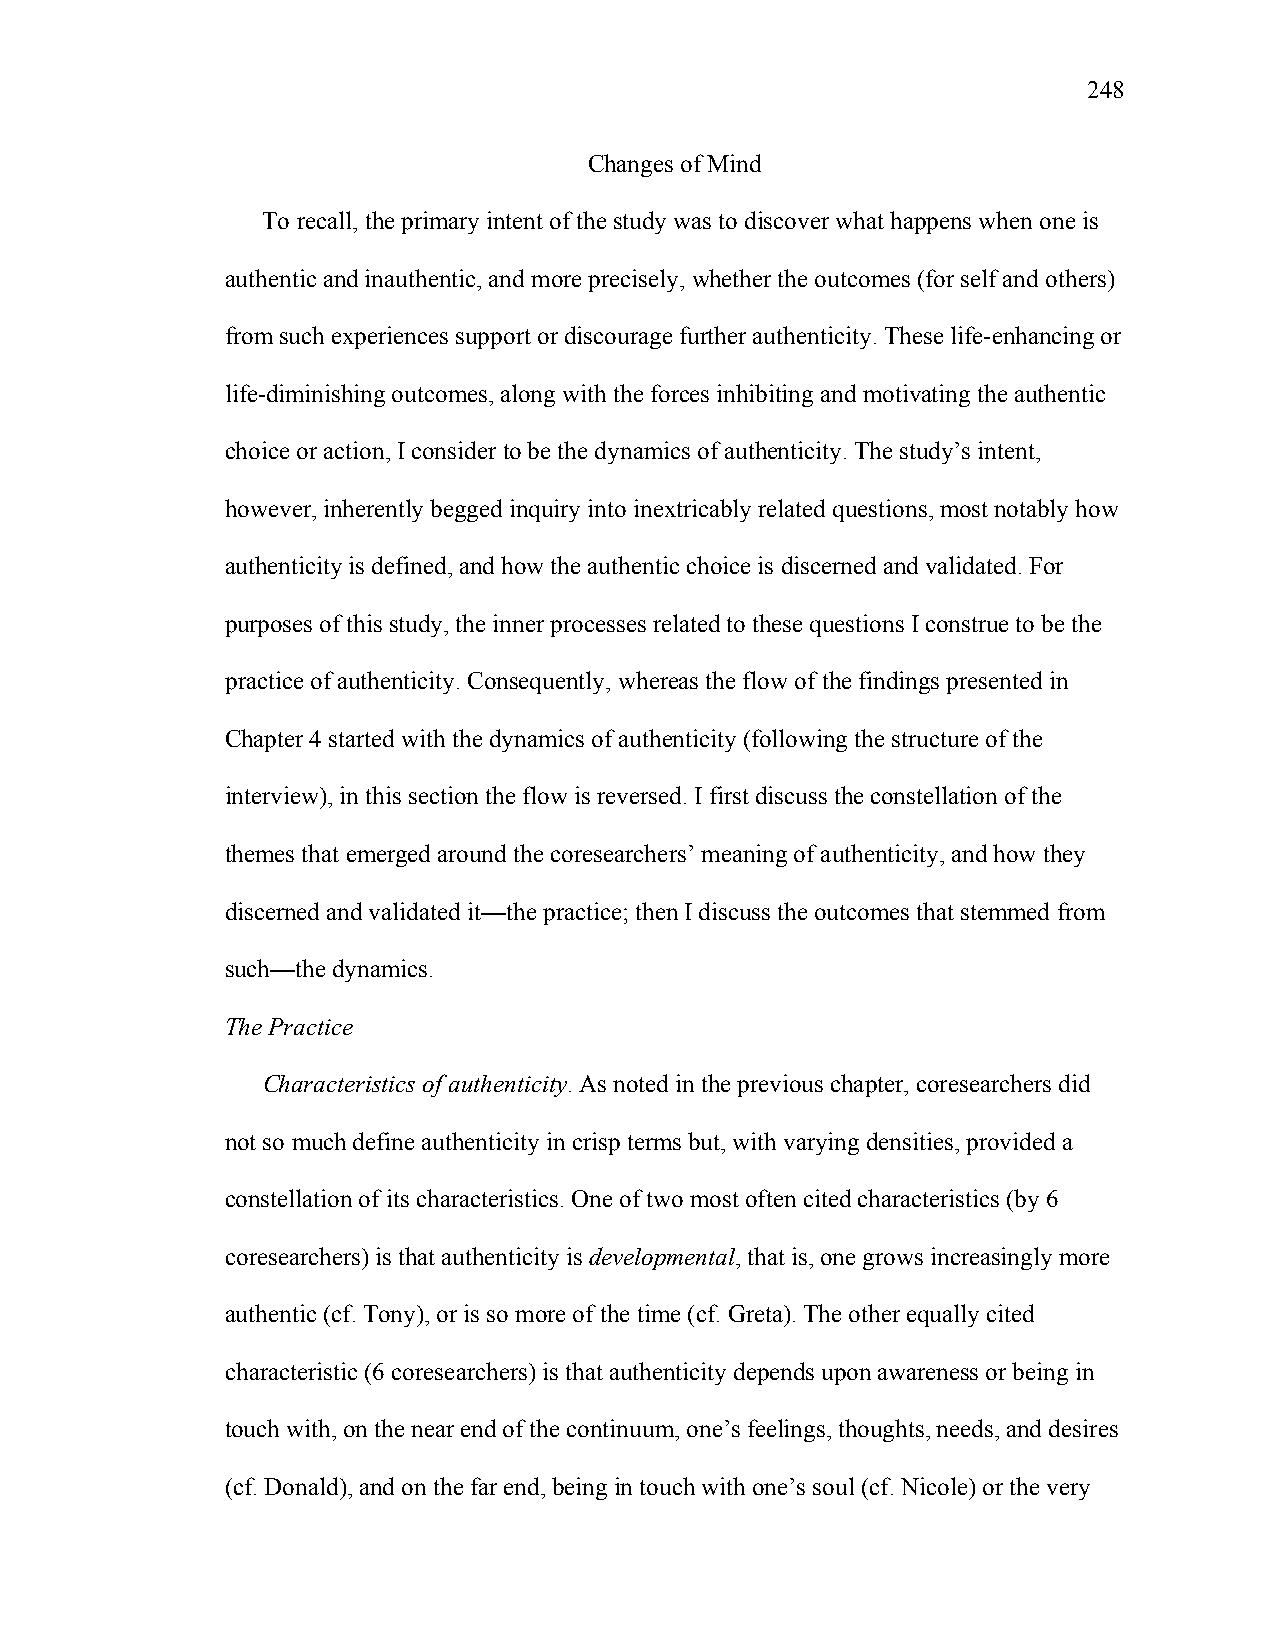
248
 Changes of Mind
 To recall, the primary intent of the study was to discover what happens when one is
 authentic and inauthentic, and more precisely, whether the outcomes (for self and others)
 from such experiences support or discourage further authenticity. These life-enhancing or
 life-diminishing outcomes, along with the forces inhibiting and motivating the authentic
 choice or action, I consider to be the dynamics of authenticity. The study’s intent,
 however, inherently begged inquiry into inextricably related questions, most notably how
 authenticity is defined, and how the authentic choice is discerned and validated. For
 purposes of this study, the inner processes related to these questions I construe to be the
 practice of authenticity. Consequently, whereas the flow of the findings presented in
 Chapter 4 started with the dynamics of authenticity (following the structure of the
 interview), in this section the flow is reversed. I first discuss the constellation of the
 themes that emerged around the coresearchers’ meaning of authenticity, and how they
 discerned and validated it—the practice; then I discuss the outcomes that stemmed from
 such—the dynamics.
 The Practice
 Characteristics of authenticity. As noted in the previous chapter, coresearchers did
 not so much define authenticity in crisp terms but, with varying densities, provided a
 constellation of its characteristics. One of two most often cited characteristics (by 6
 coresearchers) is that authenticity is developmental, that is, one grows increasingly more
 authentic (cf. Tony), or is so more of the time (cf. Greta). The other equally cited
 characteristic (6 coresearchers) is that authenticity depends upon awareness or being in
 touch with, on the near end of the continuum, one’s feelings, thoughts, needs, and desires
 (cf. Donald), and on the far end, being in touch with one’s soul (cf. Nicole) or the very